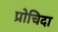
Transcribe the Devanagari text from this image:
प्रोचिदा